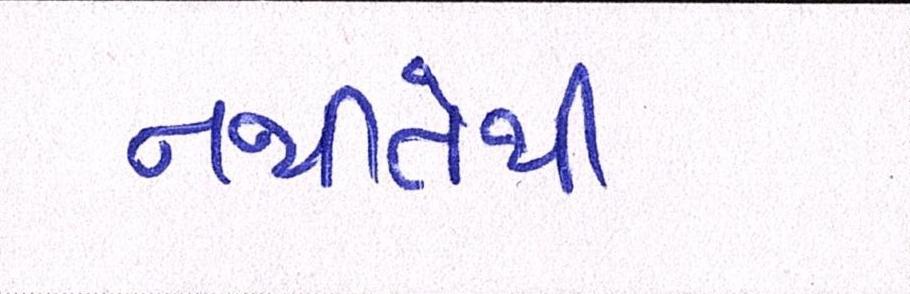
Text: નથીતેથી